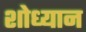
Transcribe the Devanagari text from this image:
शोध्यान